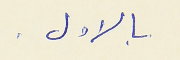
بالاول .